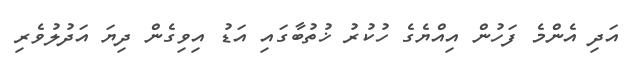
އަދި އެންމެ ފަހުން އިއްޔެގެ ހުކުރު ޚުތުބާގައި އަޑު އިވިގެން ދިޔަ އަދުލުވެރި